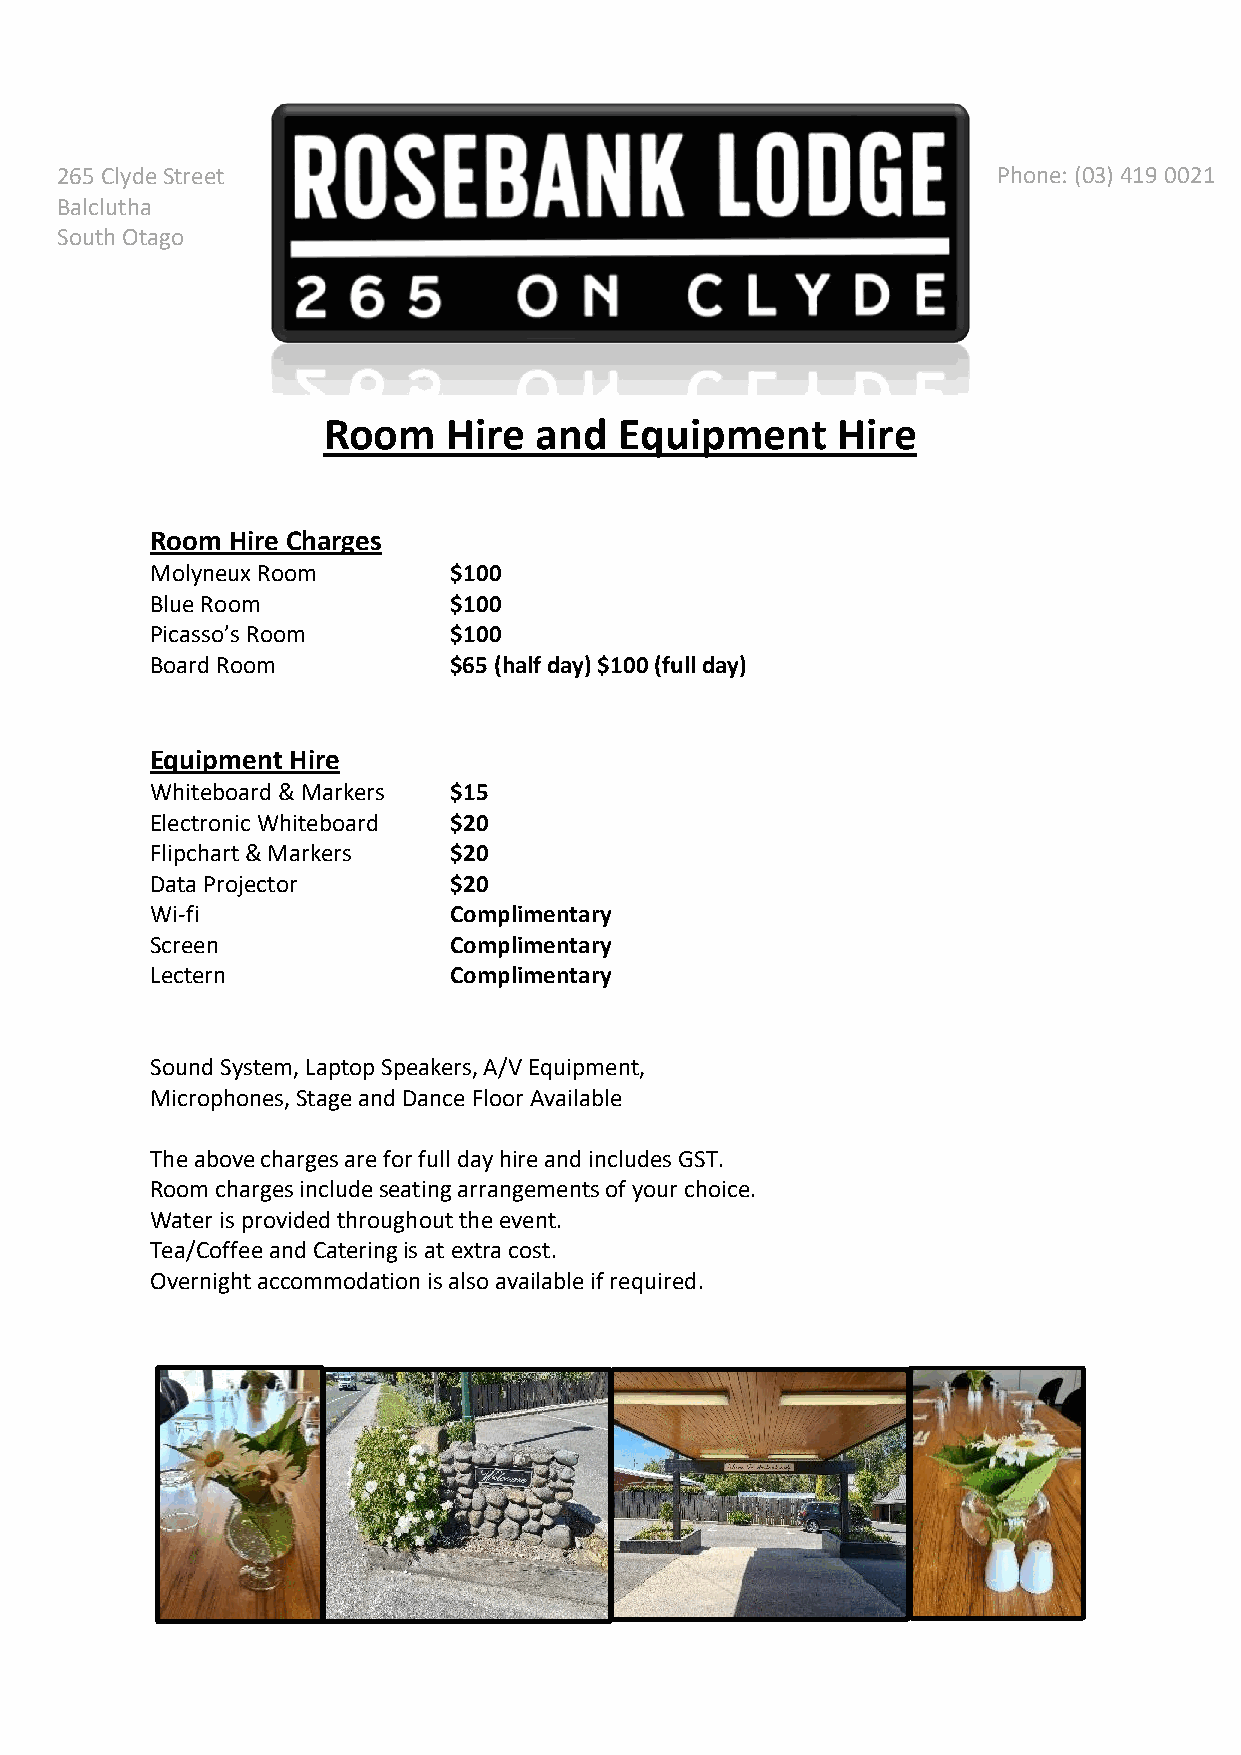
265 Clyde Street                                              Phone: (03) 419 0021
 Balclutha
 South Otago
 Room     Hire and   Equipment     Hire
 Room Hire Charges
 Molyneux Room       $100
 Blue Room           $100
 Picasso’s Room      $100
 Board Room          $65 (half day) $100 (full day)
 Equipment Hire
 Whiteboard & Markers $15
 Electronic Whiteboard $20
 Flipchart & Markers $20
 Data Projector      $20
 Wi-fi               Complimentary
 Screen              Complimentary
 Lectern             Complimentary
 Sound System, Laptop Speakers, A/V Equipment,
 Microphones, Stage and Dance Floor Available
 The above charges are for full day hire and includes GST.
 Room charges include seating arrangements of your choice.
 Water is provided throughout the event.
 Tea/Coffee and Catering is at extra cost.
 Overnight accommodation is also available if required.